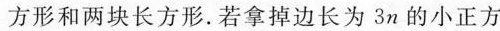
方形和两块长方形.若拿掉边长为3n的小正方